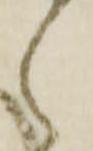
候